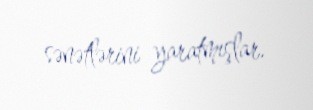
sənətlərini yaratmışlar.